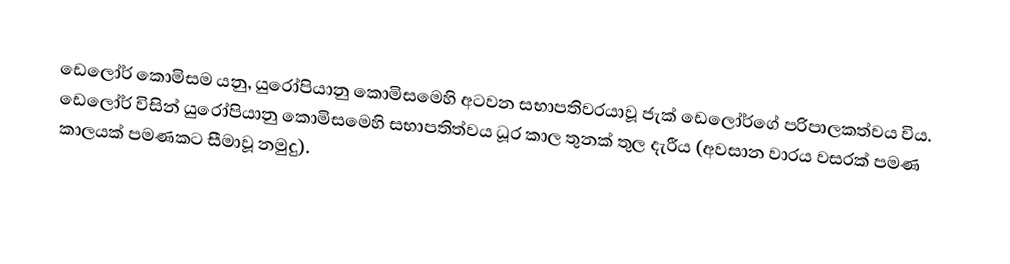
ඩෙලෝර් කොමිසම යනු, යුරෝපියානු කොමිසමෙහි අටවන සභාපතිවරයාවූ ජැක් ඩෙලෝර්ගේ  පරිපාලකත්වය විය. ඩෙලෝර් විසින් යුරෝපියානු කොමිසමෙහි සභාපතිත්වය ධූර කාල තුනක් තුල දැරීය (අවසාන වාරය වසරක් පමණ කාලයක් පමණකට සීමාවූ නමුදු).